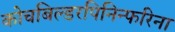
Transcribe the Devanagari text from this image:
कोचबिल्डरपिनिन्फरिना